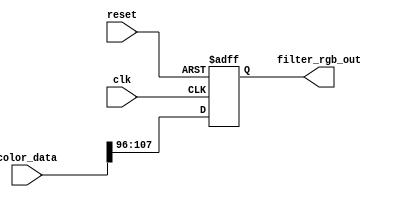
module original
	(
		input clk,
		input reset,
		input [107:0] color_data,
		output reg [11:0] filter_rgb_out
	);
    
    integer aux_original;
	always @(posedge clk, posedge reset) begin
		if (reset) begin
			filter_rgb_out <= 0;
		end else begin
			filter_rgb_out[11:8] <= color_data[107:104];
			filter_rgb_out[7:4] <= color_data[103:100];
			filter_rgb_out[3:0] <= color_data[99:96];
		end
	end
endmodule